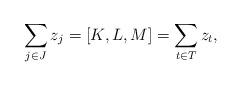
LaTeX: \begin{align*}\sum\limits_{j\in J} z_j= [K,L,M] = \sum\limits_{t\in T} z_t,\end{align*}